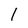
Character: 1